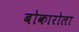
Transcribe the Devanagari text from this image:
बोकारोला